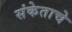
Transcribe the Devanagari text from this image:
संकेताचे